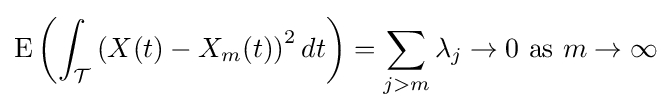
\mathrm {E} \left(\int _{\mathcal {T}}\left(X(t)-X_{m}(t)\right)^{2}dt\right)=\sum _{j>m}\lambda _{j}\rightarrow 0{\text{ as }}m\rightarrow \infty